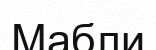
Мабли